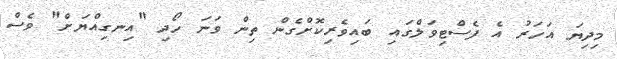
މިދިޔަ އަހަރު އެ ފެސްޓިވަލްގައި ބައިވެރިކޮށްގެން ތިން ވަނަ ހޯދި "އިނގިއްޔަށް" ވެސް